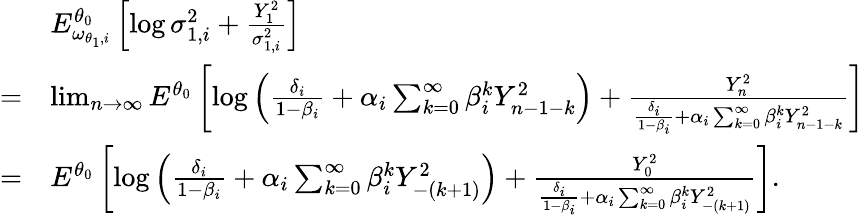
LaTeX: \begin{array}{rl}&{E_{\omega_{\theta_{1},i}}^{\theta_{0}}\left[\log\sigma_{1,i}^{2}+\frac{Y_{1}^{2}}{\sigma_{1,i}^{2}}\right]}\\ {=}&{\operatorname*{lim}_{n\rightarrow\infty}E^{\theta_{0}}\left[\log\left(\frac{\delta_{i}}{1-\beta_{i}}+\alpha_{i}\sum_{k=0}^{\infty}\beta_{i}^{k}Y_{n-1-k}^{2}\right)+\frac{Y_{n}^{2}}{\frac{\delta_{i}}{1-\beta_{i}}+\alpha_{i}\sum_{k=0}^{\infty}\beta_{i}^{k}Y_{n-1-k}^{2}}\right]}\\ {=}&{E^{\theta_{0}}\left[\log\left(\frac{\delta_{i}}{1-\beta_{i}}+\alpha_{i}\sum_{k=0}^{\infty}\beta_{i}^{k}Y_{-(k+1)}^{2}\right)+\frac{Y_{0}^{2}}{\frac{\delta_{i}}{1-\beta_{i}}+\alpha_{i}\sum_{k=0}^{\infty}\beta_{i}^{k}Y_{-(k+1)}^{2}}\right].}\end{array}